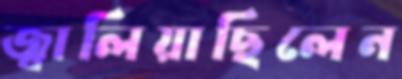
জ্বালিয়াছিলেন